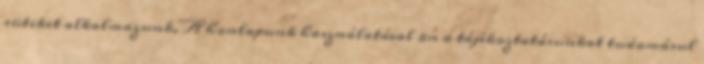
sütiket alkalmazunk. A honlapunk használatával ön a tájékoztatásunkat tudomásul